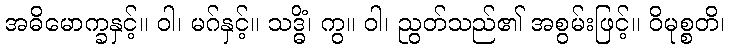
အဓိမောက္ခနှင့်။ ဝါ၊ မဂ်နှင့်။ သဒ္ဓိံ၊ ကွ။ ဝါ၊ ညွတ်သည်၏ အစွမ်းဖြင့်။ ဝိမုစ္စတိ၊